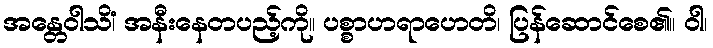
အန္တေဝါသိံ၊ အနီးနေတပည့်ကို။ ပစ္စာဟရာဟေတိ၊ ပြန်ဆောင်စေ၏။ ဝါ၊